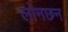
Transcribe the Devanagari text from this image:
लोनछन